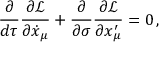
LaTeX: \frac { \partial } { d \tau } \frac { \partial \mathcal { L } } { \partial \dot { x } _ { \mu } } + \frac { \partial } { \partial \sigma } \frac { \partial \mathcal { L } } { \partial x _ { \mu } ^ { \prime } } = 0 \, ,